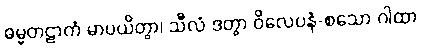
ဓမ္မတဠာကံ မာပယိတွာ၊ သီလံ ဒတွာ ဝိလေပနံ-စသော ဂါထာ